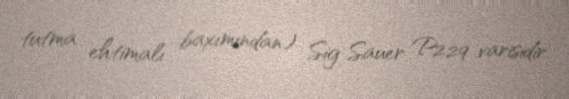
tutma ehtimalı baxımından) Sig Sauer P229 varisidir.